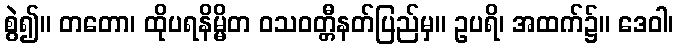
စွဲ၍။ တတော၊ ထိုပရနိမ္မိတ ဝသဝတ္တီနတ်ပြည်မှ။ ဥပရိ၊ အထက်၌။ ဒေဝါ၊